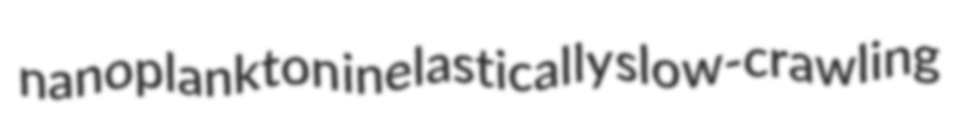
nanoplankton inelastically slow-crawling